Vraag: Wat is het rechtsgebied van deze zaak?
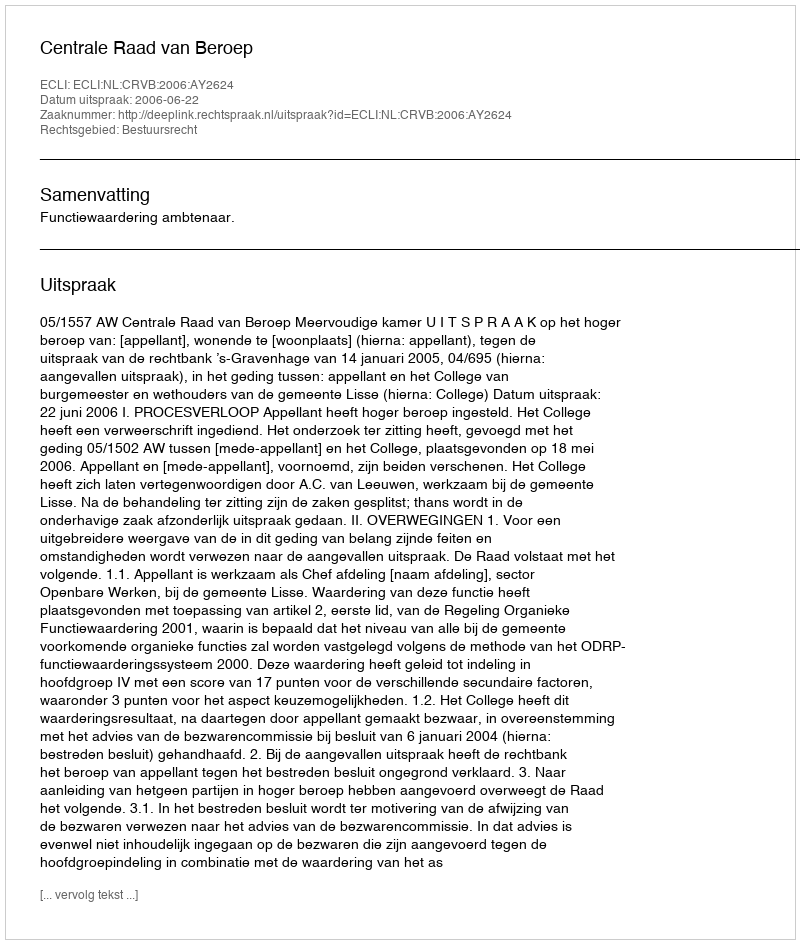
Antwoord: Bestuursrecht